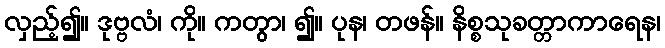
လှည့်၍။ ဒုဗ္ဗလံ၊ ကို။ ကတွာ၊ ၍။ ပုန၊ တဖန်။ နိစ္စသုခတ္တာကာရေန၊